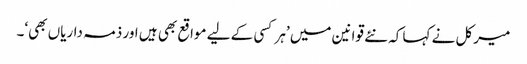
میرکل نے کہا کہ نئے قوانین میں ’ہر کسی کے لیے مواقع بھی ہیں اور ذمہ داریاں بھی‘۔